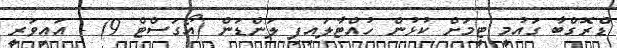
ޑްރޮގްބާ ގައުމީ ޓީމަށް ކުޅުން ހުއްޓާލައިފި ލަންޑަން (އޯގަސްޓް 9) - އައިވަރީ